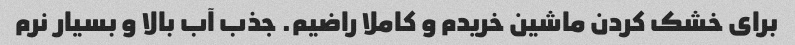
برای خشک کردن ماشین خریدم و کاملا راضیم. جذب آب بالا و بسیار نرم